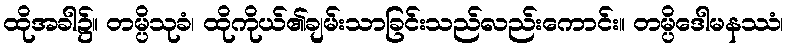
ထိုအခါ၌။ တမ္ပိသုခံ၊ ထိုကိုယ်၏ချမ်းသာခြင်းသည်လည်းကောင်း။ တမ္ပိဒေါမနဿံ၊